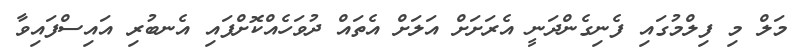
މަލް މި ފިލްމުގައި ފެނިގެންދަނީ އެރަށަށް އަލަށް އެތައް ދުވަހެއްކޮށްފައި އެނބުރި އައިސްފައިވާ